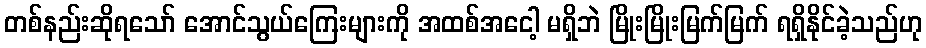
တစ်နည်းဆိုရသော် အောင်သွယ်ကြေးများကို အထစ်အငေါ့ မရှိဘဲ မြိုးမြိုးမြက်မြက် ရရှိနိုင်ခဲ့သည်ဟု